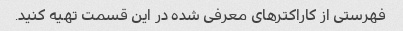
فهرستی از کاراکترهای معرفی شده در این قسمت تهیه کنید.